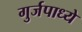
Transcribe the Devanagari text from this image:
गुर्जपाध्ये